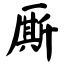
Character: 厮